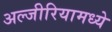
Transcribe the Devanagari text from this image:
अल्जीरियामध्ये